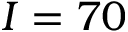
I = 7 0